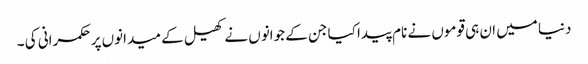
دنیا میں ان ہی قوموں نے نام پیدا کیا جن کے جوانوں نے کھیل کے میدانوں پر حکمرانی کی ۔